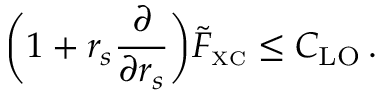
\bigg ( 1 + r _ { s } \frac { \partial } { \partial r _ { s } } \bigg ) \tilde { F } _ { \scriptscriptstyle \mathrm { X C } } \leq C _ { \mathrm { L O } } \, .